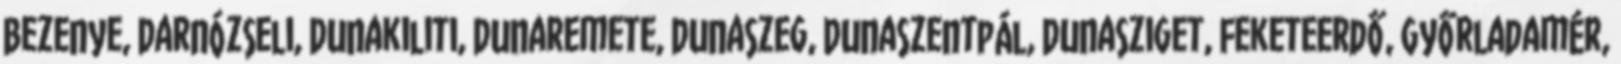
Bezenye, Darnózseli, Dunakiliti, Dunaremete, Dunaszeg, Dunaszentpál, Dunasziget, Feketeerdő, Győrladamér,